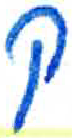
אות: ק